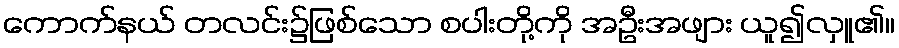
ကောက်နယ် တလင်း၌ဖြစ်သော စပါးတို့ကို အဦးအဖျား ယူ၍လှူ၏။